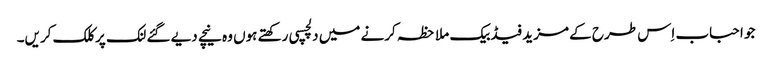
جو احباب اِس طرح کے مزید فیڈبیک ملاحظہ کرنے میں دلچسپی رکھتے ہوں وہ نیچے دیے گئے لنک پر کلک کریں۔